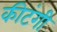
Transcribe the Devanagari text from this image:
कीटंगी